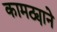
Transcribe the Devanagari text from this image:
कामठ्याने